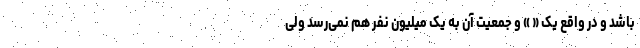
باشد و در واقع یک « » و جمعیت آن به یک میلیون نفر هم نمی‌رسد ولی